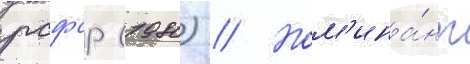
рсфср (1980) // Ном'ина́нт